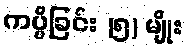
ကပ္ပိခြင်း (၅) မျိုး